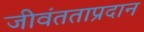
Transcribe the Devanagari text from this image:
जीवंतताप्रदान